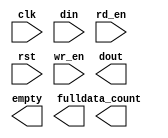
module Voicemail_FIFO(
	clk,
	din,
	rd_en,
	rst,
	wr_en,
	data_count,
	dout,
	empty,
	full);


input clk;
input [15 : 0] din;
input rd_en;
input rst;
input wr_en;
output [10 : 0] data_count;
output [15 : 0] dout;
output empty;
output full;

// synthesis translate_off

      FIFO_GENERATOR_V4_3 #(
		.C_COMMON_CLOCK(1),
		.C_COUNT_TYPE(0),
		.C_DATA_COUNT_WIDTH(11),
		.C_DEFAULT_VALUE("BlankString"),
		.C_DIN_WIDTH(16),
		.C_DOUT_RST_VAL("0"),
		.C_DOUT_WIDTH(16),
		.C_ENABLE_RLOCS(0),
		.C_FAMILY("virtex2"),
		.C_FULL_FLAGS_RST_VAL(1),
		.C_HAS_ALMOST_EMPTY(0),
		.C_HAS_ALMOST_FULL(0),
		.C_HAS_BACKUP(0),
		.C_HAS_DATA_COUNT(1),
		.C_HAS_INT_CLK(0),
		.C_HAS_MEMINIT_FILE(0),
		.C_HAS_OVERFLOW(0),
		.C_HAS_RD_DATA_COUNT(0),
		.C_HAS_RD_RST(0),
		.C_HAS_RST(1),
		.C_HAS_SRST(0),
		.C_HAS_UNDERFLOW(0),
		.C_HAS_VALID(0),
		.C_HAS_WR_ACK(0),
		.C_HAS_WR_DATA_COUNT(0),
		.C_HAS_WR_RST(0),
		.C_IMPLEMENTATION_TYPE(0),
		.C_INIT_WR_PNTR_VAL(0),
		.C_MEMORY_TYPE(1),
		.C_MIF_FILE_NAME("BlankString"),
		.C_MSGON_VAL(1),
		.C_OPTIMIZATION_MODE(0),
		.C_OVERFLOW_LOW(0),
		.C_PRELOAD_LATENCY(0),
		.C_PRELOAD_REGS(1),
		.C_PRIM_FIFO_TYPE("1kx18"),
		.C_PROG_EMPTY_THRESH_ASSERT_VAL(4),
		.C_PROG_EMPTY_THRESH_NEGATE_VAL(5),
		.C_PROG_EMPTY_TYPE(0),
		.C_PROG_FULL_THRESH_ASSERT_VAL(1023),
		.C_PROG_FULL_THRESH_NEGATE_VAL(1022),
		.C_PROG_FULL_TYPE(0),
		.C_RD_DATA_COUNT_WIDTH(11),
		.C_RD_DEPTH(1024),
		.C_RD_FREQ(1),
		.C_RD_PNTR_WIDTH(10),
		.C_UNDERFLOW_LOW(0),
		.C_USE_DOUT_RST(1),
		.C_USE_ECC(0),
		.C_USE_EMBEDDED_REG(0),
		.C_USE_FIFO16_FLAGS(0),
		.C_USE_FWFT_DATA_COUNT(1),
		.C_VALID_LOW(0),
		.C_WR_ACK_LOW(0),
		.C_WR_DATA_COUNT_WIDTH(11),
		.C_WR_DEPTH(1024),
		.C_WR_FREQ(1),
		.C_WR_PNTR_WIDTH(10),
		.C_WR_RESPONSE_LATENCY(1))
	inst (
		.CLK(clk),
		.DIN(din),
		.RD_EN(rd_en),
		.RST(rst),
		.WR_EN(wr_en),
		.DATA_COUNT(data_count),
		.DOUT(dout),
		.EMPTY(empty),
		.FULL(full),
		.INT_CLK(),
		.BACKUP(),
		.BACKUP_MARKER(),
		.PROG_EMPTY_THRESH(),
		.PROG_EMPTY_THRESH_ASSERT(),
		.PROG_EMPTY_THRESH_NEGATE(),
		.PROG_FULL_THRESH(),
		.PROG_FULL_THRESH_ASSERT(),
		.PROG_FULL_THRESH_NEGATE(),
		.RD_CLK(),
		.RD_RST(),
		.SRST(),
		.WR_CLK(),
		.WR_RST(),
		.ALMOST_EMPTY(),
		.ALMOST_FULL(),
		.OVERFLOW(),
		.PROG_EMPTY(),
		.PROG_FULL(),
		.VALID(),
		.RD_DATA_COUNT(),
		.UNDERFLOW(),
		.WR_ACK(),
		.WR_DATA_COUNT(),
		.SBITERR(),
		.DBITERR());


// synthesis translate_on

// XST black box declaration
// box_type "black_box"
// synthesis attribute box_type of Voicemail_FIFO is "black_box"

endmodule